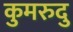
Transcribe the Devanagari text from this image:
कुमरुदु